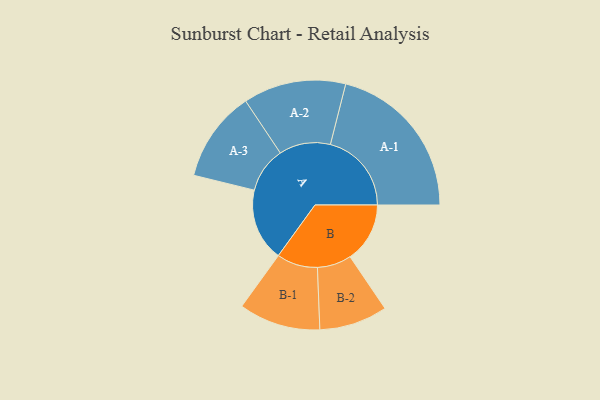
{"axis": {"x": "Segment", "y": "Value"}, "legend": ["", "A", "B"], "data": [{"x": "A", "y": 249, "type": ""}, {"x": "B", "y": 205, "type": ""}, {"x": "A-1", "y": 278, "type": "A"}, {"x": "A-2", "y": 176, "type": "A"}, {"x": "A-3", "y": 156, "type": "A"}, {"x": "B-1", "y": 140, "type": "B"}, {"x": "B-2", "y": 117, "type": "B"}]}